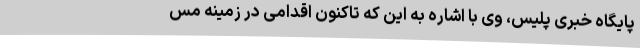
پایگاه خبری پلیس، وی با اشاره به این که تاکنون اقدامی در زمینه مس